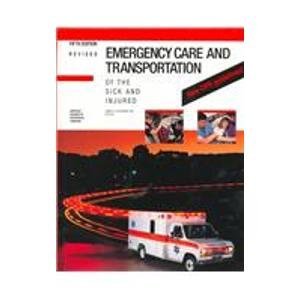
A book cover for Emergency Care and Transportation of the Sick and Injured; AAOS; Medical Books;